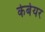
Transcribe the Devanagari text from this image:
केबेयर